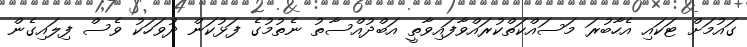
ގައުމަށް ޓަކައި އެހާބުރަ މަސައްކަތްކުރައްވާފައިވާތީ އަބްދުއްސާތު ނެތުމުގެ ފަޅުކަން ދުވަހަކު ވެސް ފިލައިގެން